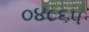
૦૪૮૬૫